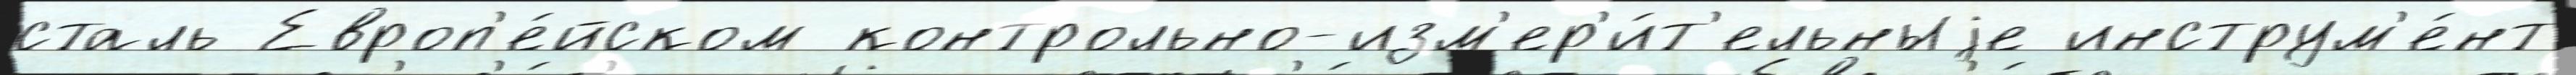
сталь Европ'е́йском контрольно-изм'ер'и́т'ельныjе инструм'е́нт